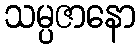
သမ္ပဇာနော